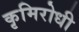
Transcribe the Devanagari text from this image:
कृमिरोधी